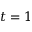
t = 1